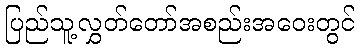
ပြည်သူ့လွှတ်တော်အစည်းအဝေးတွင်